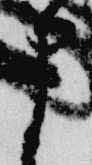
申